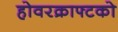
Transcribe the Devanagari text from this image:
होवरक्राफ्टको